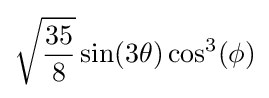
{\sqrt {35 \over {8}}}\sin(3\theta )\cos ^{3}(\phi )